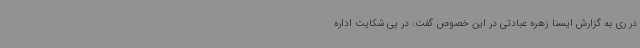
در ری به گزارش ایسنا زهره عبادتی در این خصوص گفت: در پی شکایت اداره